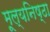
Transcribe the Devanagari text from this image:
मूल्यनिष्ठा